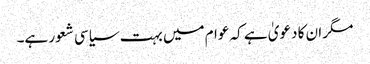
مگر ان کا دعویٰ ہے کہ عوام میں بہت سیاسی شعور ہے۔